Language: tamil
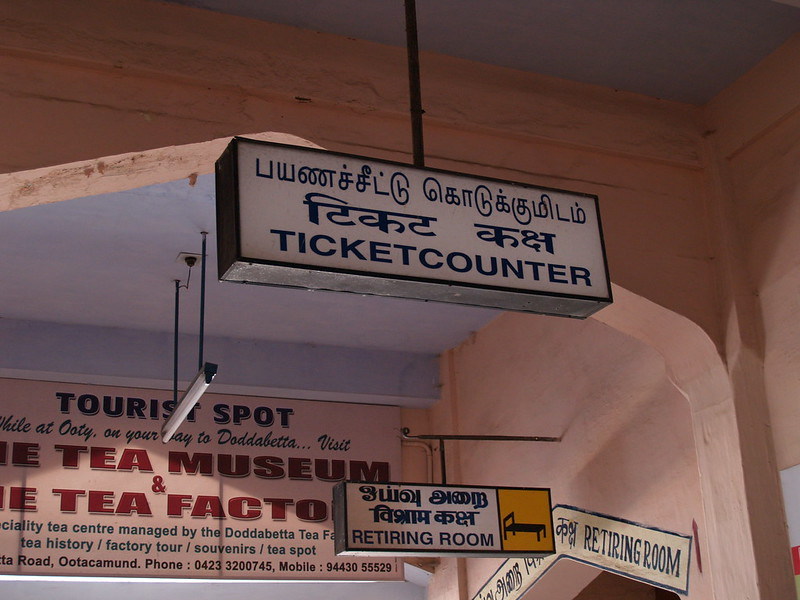
Transcription: ஓய்வு பயணச்சீட்டு அறை கொடுக்குமிடம்